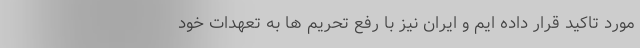
مورد تاکید قرار داده ایم و ایران نیز با رفع تحریم ها به تعهدات خود